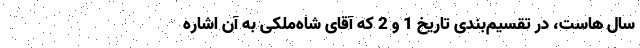
سال هاست، در تقسیم‌بندی تاریخ 1 و 2 که آقای شاه‌ملکی به آن اشاره